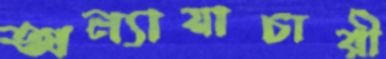
অন্যায়াচারী